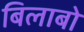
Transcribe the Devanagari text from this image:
बिलाबो